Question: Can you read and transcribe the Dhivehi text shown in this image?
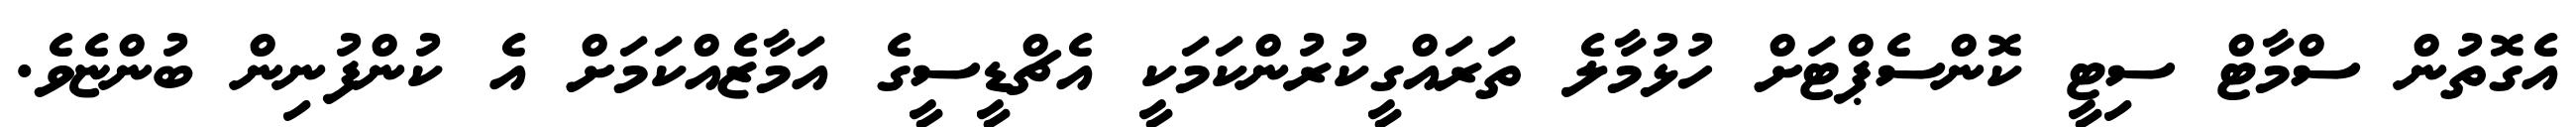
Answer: އެގޮތުން ސްމާޓް ސިޓީ ކޮންސެޕްޓަށް ހުޅުމާލެ ތަރައްގީކުރުންކަމަކީ އެޗްޑީސީގެ އަމާޒެއްކަމަށް އެ ކުންފުނިން ބުންޏެވެ.